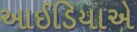
આઈડિયાએ